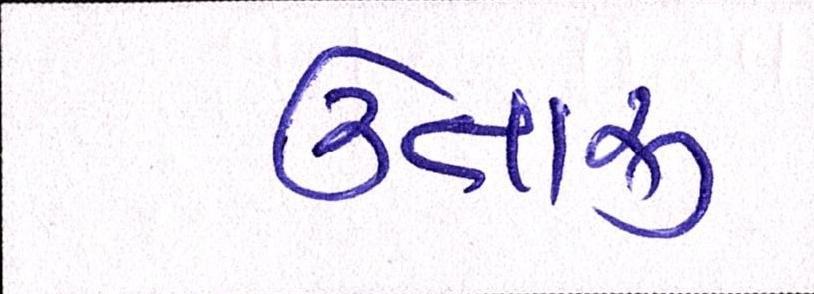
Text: ઉતારુ